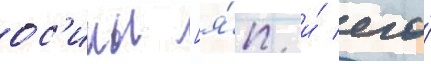
ос'имы [я́п. и́ его́